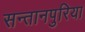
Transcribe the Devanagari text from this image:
सन्तानपुरिया